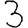
Digit: 3